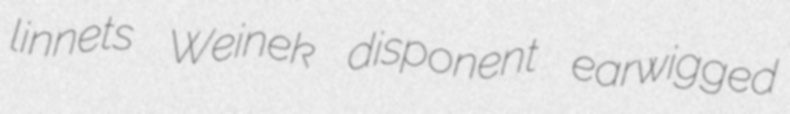
linnets Weinek disponent earwigged